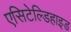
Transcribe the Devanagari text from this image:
एसिटेल्डिहाइड